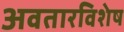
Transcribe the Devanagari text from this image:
अवतारविशेष